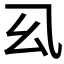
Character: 𭙉